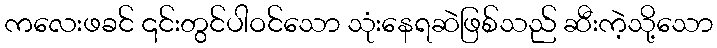
ကလေးဖခင် ၎င်းတွင်ပါဝင်သော သုံးနေရဆဲဖြစ်သည် ဆီးကဲ့သို့သော